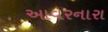
આવરનારા